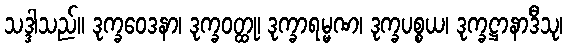
သဒ္ဒါသည်။ ဒုက္ခဝေဒနာ၊ ဒုက္ခဝတ္ထု၊ ဒုက္ခာရမ္မဏ၊ ဒုက္ခပစ္စယ၊ ဒုက္ခဋ္ဌာနာဒီသု၊